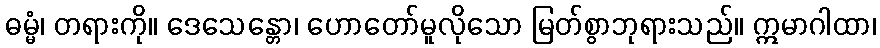
ဓမ္မံ၊ တရားကို။ ဒေသေန္တော၊ ဟောတော်မူလိုသော မြတ်စွာဘုရားသည်။ ဣမာဂါထာ၊